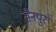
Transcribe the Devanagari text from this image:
सैनपुर